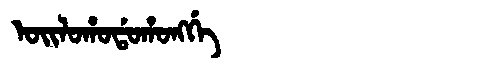
Manchu: ᠣᡳᠯᠣᡥᠣᡩᠣᡥᠣᠩᡤᡝ
Romanization: OILOHODOHONGGE